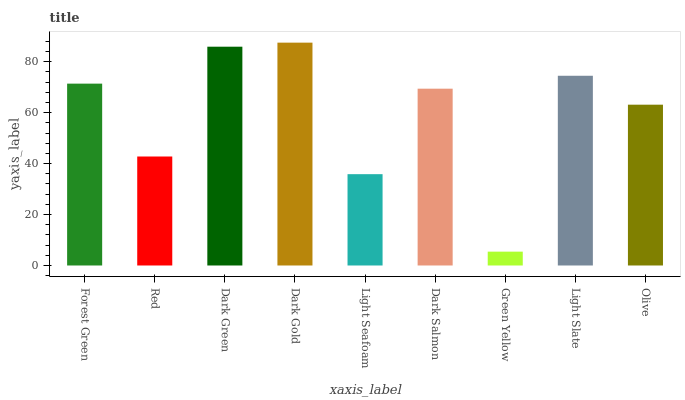
| xaxis_label | bars |
 | --- | --- |
 | Forest Green | 71.4 |
 | Red | 42.8 |
 | Dark Green | 85.9 |
 | Dark Gold | 87.5 |
 | Light Seafoam | 35.9 |
 | Dark Salmon | 69.4 |
 | Green Yellow | 5.44 |
 | Light Slate | 74.5 |
 | Olive | 63.1 |